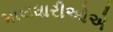
માલધારીઓએ